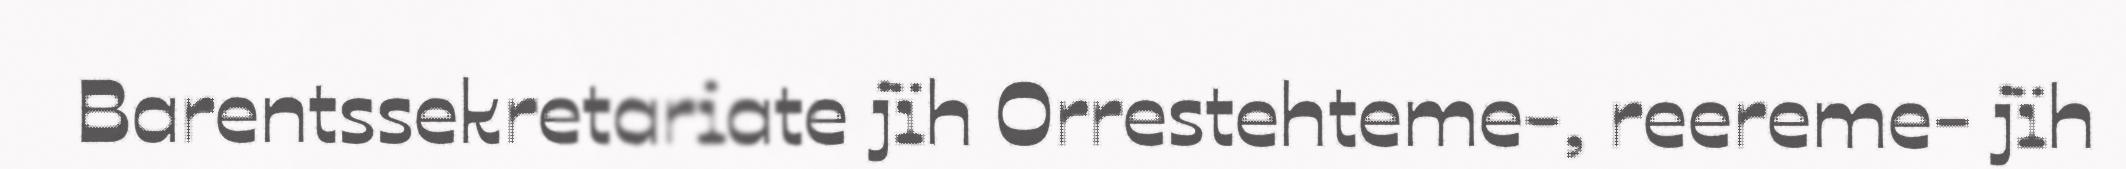
Barentssekretariate jïh Orrestehteme-, reereme- jïh